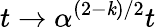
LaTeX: t\to\alpha^{(2-\mathit{k})/2}t